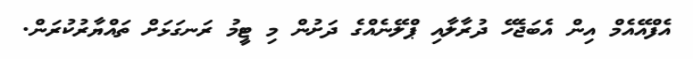
އެފްއޭއެމް އިން އެބަޖެހޭ ދުރާލާއި ޕްލޭނެއްގެ ދަށުން މި ޓީމު ރަނގަޅަށް ތައްޔާރުކުރަން.